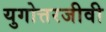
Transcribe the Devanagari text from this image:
युगोत्तरजीवी